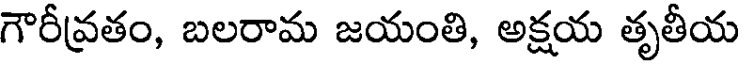
గౌరీవ్రతం, బలరామ జయంతి, అక్షయ తృతీయ